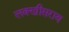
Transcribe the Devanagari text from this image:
लक्‍खीसराय